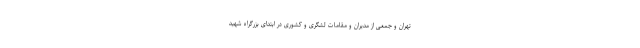
تهران و جمعی از مدیران و مقامات لشگری و کشوری در ابتدای بزرگراه شهید